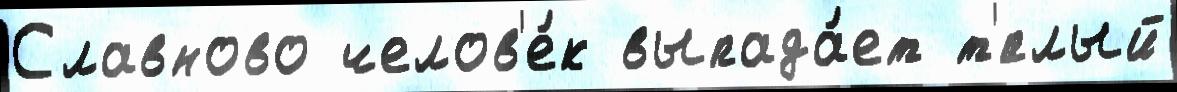
Славново челов'е́к выпада́ет т'́плый